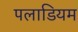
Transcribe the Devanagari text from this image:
पलाडियम